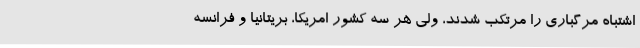
اشتباه مرگباری را مرتکب شدند، ولی هر سه کشور امریکا، بریتانیا و فرانسه